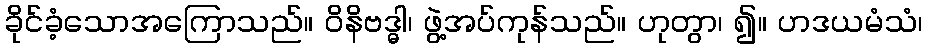
ခိုင်ခံ့သောအကြောသည်။ ဝိနိဗဒ္ဓါ၊ ဖွဲ့အပ်ကုန်သည်။ ဟုတွာ၊ ၍။ ဟဒယမံသံ၊